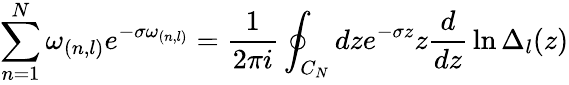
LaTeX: \sum_{n=1}^{N}\omega_{(n,l)}e^{-\sigma\omega_{(n,l)}}={\frac{1}{2\pi i}}\oint_{C_{N}}dze^{-\sigma z}z{\frac{d}{dz}}\ln\Delta_{l}(z)